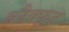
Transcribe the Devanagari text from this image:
ब्लैक्फूट